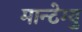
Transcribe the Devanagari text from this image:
मान्टेग्यु